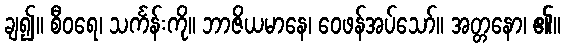
ချ၍။ စီဝရေ၊ သင်္ကန်းကို။ ဘာဇိယမာနေ၊ ဝေဖန်အပ်သော်။ အတ္တနော၊ ၏။